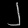
Digit: ၂